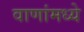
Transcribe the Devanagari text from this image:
वाणांमध्ये